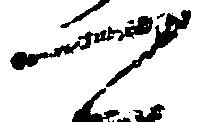
可